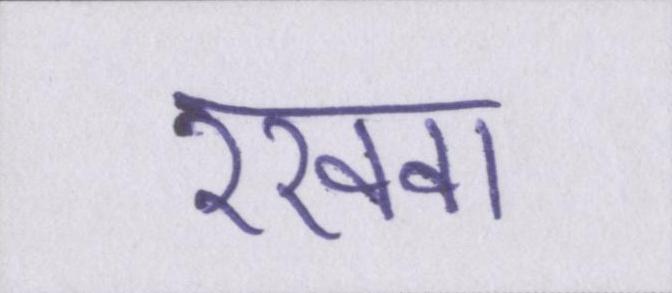
रखवा